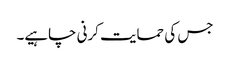
جس کی حمایت کرنی چاہیے۔